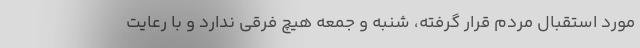
مورد استقبال مردم قرار گرفته، شنبه و جمعه هیچ فرقی ندارد و با رعایت